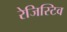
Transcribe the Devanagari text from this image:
रेजिस्टिव